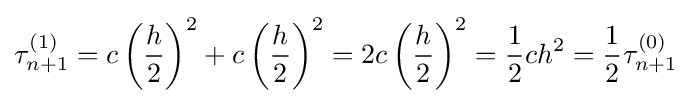
\tau _{n+1}^{(1)}=c\left({\frac {h}{2}}\right)^{2}+c\left({\frac {h}{2}}\right)^{2}=2c\left({\frac {h}{2}}\right)^{2}={\frac {1}{2}}ch^{2}={\frac {1}{2}}\tau _{n+1}^{(0)}